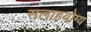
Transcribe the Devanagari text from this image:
सलाहयोग्य